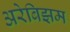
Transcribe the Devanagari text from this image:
अरेबिझम